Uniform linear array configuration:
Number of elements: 48
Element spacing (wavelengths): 0.5
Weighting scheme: uniform
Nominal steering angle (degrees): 30
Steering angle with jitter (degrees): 31.758
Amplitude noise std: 0.05
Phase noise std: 0.05

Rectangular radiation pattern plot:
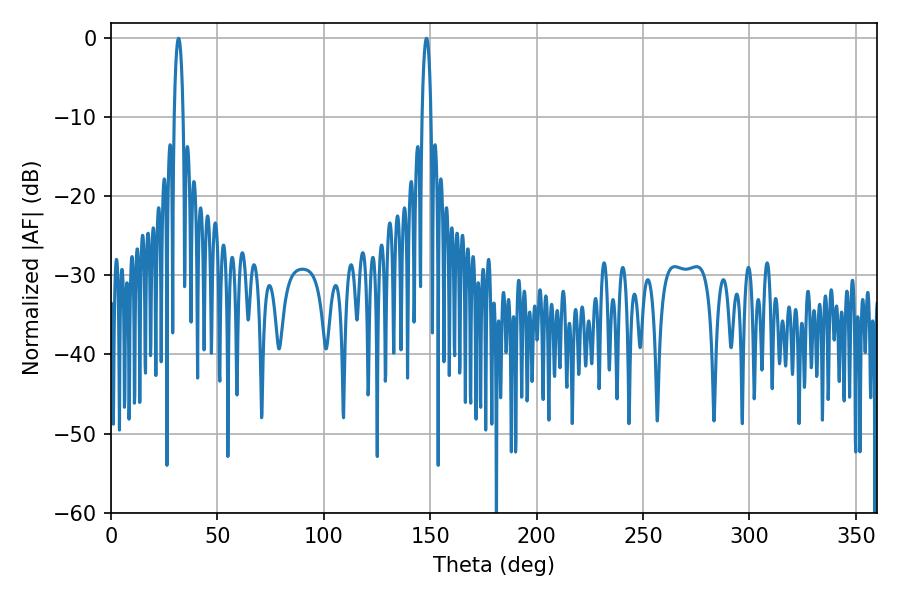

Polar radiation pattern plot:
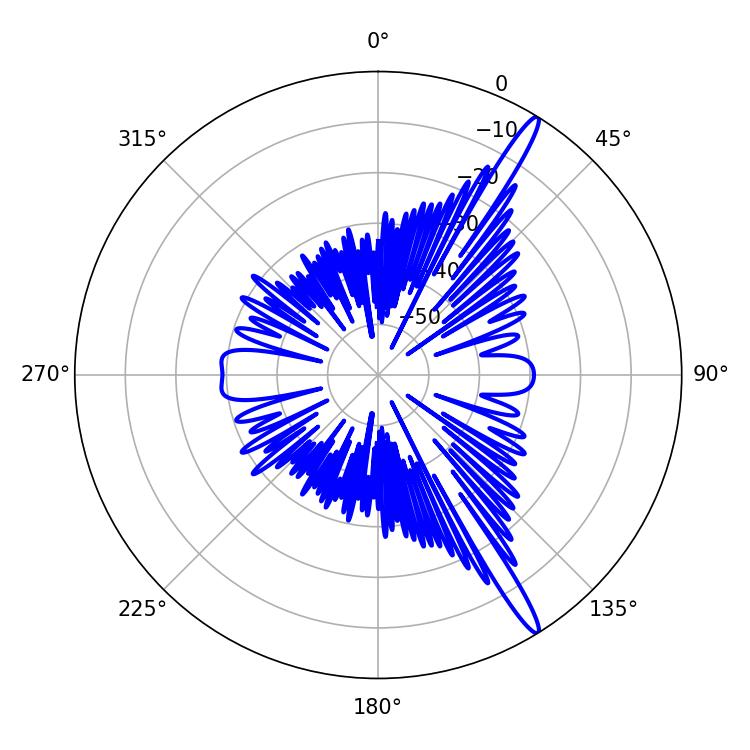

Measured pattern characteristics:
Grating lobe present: FALSE
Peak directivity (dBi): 15.922
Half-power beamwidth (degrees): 2.34
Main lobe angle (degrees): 31.68